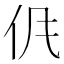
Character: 𱎤